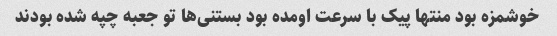
خوشمزه بود منتها پیک با سرعت اومده بود بستنی‌ها تو جعبه چپه شده بودند